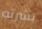
بشرته